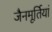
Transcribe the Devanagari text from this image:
जैनमूर्तियां